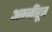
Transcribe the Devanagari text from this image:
अग्नींतून